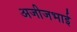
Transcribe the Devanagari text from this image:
अजीजभाई